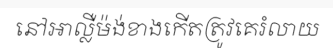
នៅអាល្លឺម៉ង់ខាងកើតត្រូវគេរំលាយ